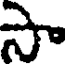
సా